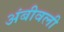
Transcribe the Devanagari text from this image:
अंबीवली